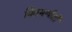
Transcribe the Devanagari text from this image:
मितभाषीही